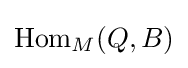
\mathrm {Hom} _{M}(Q,B)